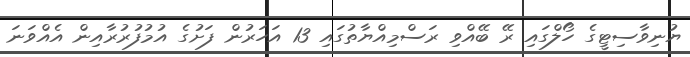
ޔުނިވާސިޓީގެ ހޯލްގައި ރޭ ބޭއްވި ރަސްމިއްޔާތުގައި 13 އަހަރުން ފަށުގެ އުމުފުރުރާއިން އެއްވަނަ